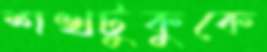
শখটুকুকে